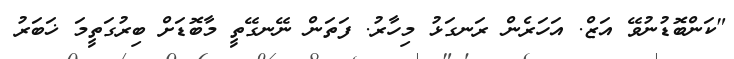
"ކަންބޮޑުނުވޭ އަޒް. އަހަރެން ރަނގަޅު މިހާރު. ފަތަން ނޭނގޭތީ މާބޮޑަށް ބިރުގަތީމަ ޚަބަރު